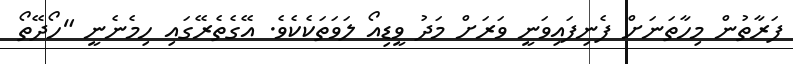
ފަރާތުން މިހާތަނަށް ފެނިފައިވަނީ ވަރަށް މަދު ވީޑިއޯ ލަވަތަކެކެވެ. އޭގެތެރޭގައި ހިމެނެނީ "ހޯދޭތޯ